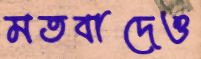
মতবাদেও